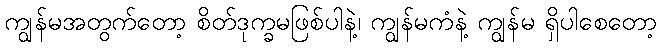
ကျွန်မအတွက်တော့ စိတ်ဒုက္ခမဖြစ်ပါနဲ့၊ ကျွန်မကံနဲ့ ကျွန်မ ရှိပါစေတော့